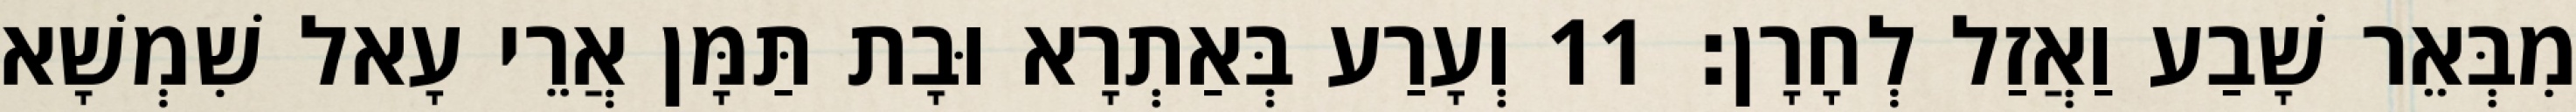
מִבְּאֵר שָׁבַע וַאֲזַל לְחָרָן׃ 11 וְעָרַע בְּאַתְרָא וּבָת תַּמָּן אֲרֵי עָאל שִׁמְשָׁא